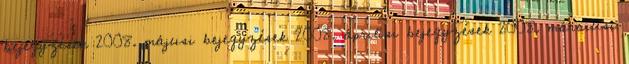
bejegyzések 2008. májusi bejegyzések 2008. áprilisi bejegyzések 2008. márciusi